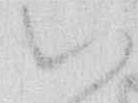
い